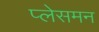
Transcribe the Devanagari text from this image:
प्लेसमन